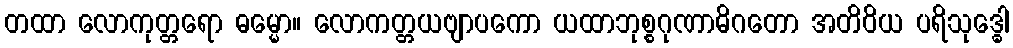
တထာ လောကုတ္တရော ဓမ္မော။ လောကတ္တယဗျာပကော ယထာဘုစ္စဂုဏာဓိဂတော အတိဝိယ ပရိသုဒ္ဓေါ